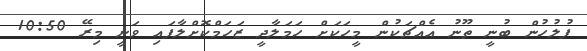
ފުލުހުން ބުނީ ތޫނު އެއްޗަކުން މީހަކަށް ހަމަލާދީ ޒަހަމްކޮށްލާފައި ވަނީ މިރޭ 10:50